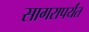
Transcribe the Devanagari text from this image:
सागरापर्यंत